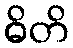
ဓိတိ